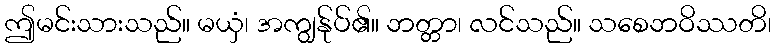
ဤမင်းသားသည်။ မယှံ၊ အကျွန်ုပ်၏။ ဘတ္တာ၊ လင်သည်။ သစေဘဝိဿတိ၊